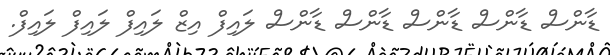
ޑާންސް ޑާންސް ޑާންސް ޑާންސް ޑާންސް ލައިފް އިޒް ލައިފް ލައިފް ލައިފް.